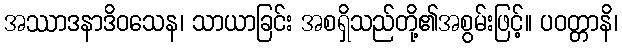
အဿာဒနာဒိဝသေန၊ သာယာခြင်း အစရှိသည်တို့၏အစွမ်းဖြင့်။ ပဝတ္တာနိ၊